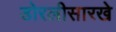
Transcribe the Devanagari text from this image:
डोरलीसारखे